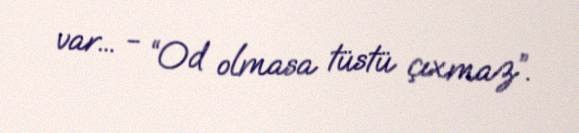
var... - “Od olmasa tüstü çıxmaz”.